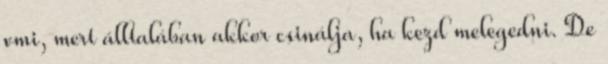
vmi, mert álltalában akkor csinálja, ha kezd melegedni. De